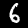
Digit: 6